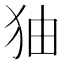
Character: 㹨